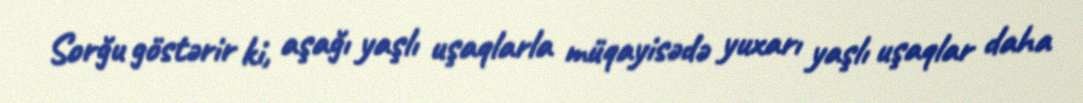
Sorğu göstərir ki, aşağı yaşlı uşaqlarla müqayisədə yuxarı yaşlı uşaqlar daha